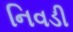
નિવડી